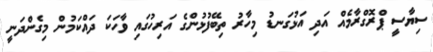
ސިޔާސީ ޕްރޮގްރާމެއް އަދި އަޅުގަނޑު މިހާރު ތިބޭފުޅުންގެ އަރިހުގައި ވާހަކަ ދައްކަމުން މިގެންދަނީ